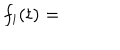
LaTeX: f _ { i } ( t ) =